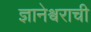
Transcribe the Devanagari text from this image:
ज्ञानेश्वराची